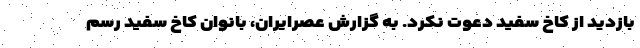
بازدید از کاخ سفید دعوت نکرد. به گزارش عصرایران، بانوان کاخ سفید رسم